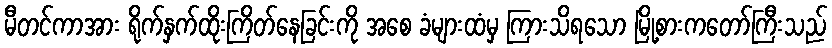
မီတင်ကာအား ရိုက်နှက်ထိုးကြိတ်နေခြင်းကို အစေ ခံများထံမှ ကြားသိရသော မြို့စားကတော်ကြီးသည်